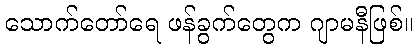
သောက်တော်ရေ ဖန်ခွက်တွေက ဂျာမနီဖြစ်။